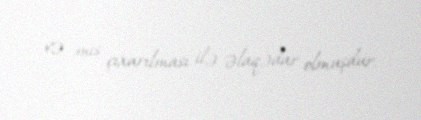
və mis çıxarılması ilə əlaqədar olmuşdur.